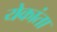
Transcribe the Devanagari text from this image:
येकांता